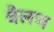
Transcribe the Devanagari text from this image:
वैलच